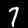
Label: 7